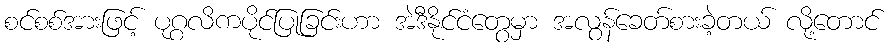
စင်စစ်အားဖြင့် ပုဂ္ဂလိကပိုင်ပြုခြင်းဟာ အဲဒီနိုင်ငံတွေမှာ အလွန်ခေတ်စားခဲ့တယ် လို့တောင်